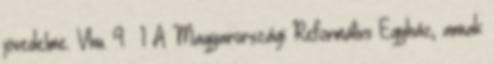
jövedelme. Vhu. 9.§ 1 A Magyarországi Református Egyház, annak